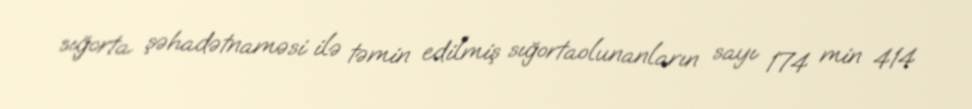
sığorta şəhadətnaməsi ilə təmin edilmiş sığortaolunanların sayı 174 min 414